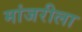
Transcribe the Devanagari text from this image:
मांजरीला